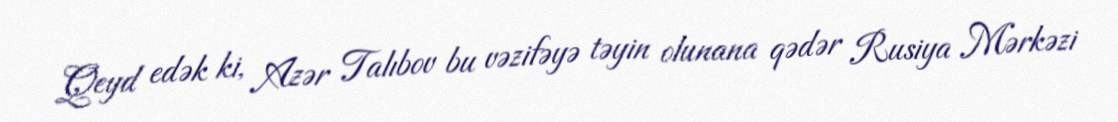
Qeyd edək ki, Azər Talıbov bu vəzifəyə təyin olunana qədər Rusiya Mərkəzi